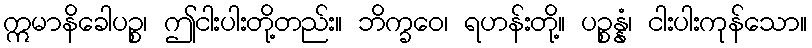
ဣမာနိခေါပဉ္စ၊ ဤငါးပါးတို့တည်း။ ဘိက္ခဝေ၊ ရဟန်းတို့။ ပဉ္စန္နံ၊ ငါးပါးကုန်သော။